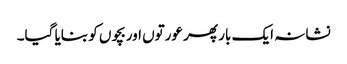
نشانہ ایک بار پھر عورتوں اوربچوں کو بنایا گیا۔